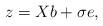
LaTeX: \begin{align*}z=Xb+\sigma e,\end{align*}